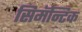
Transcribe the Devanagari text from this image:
सिमॅन्टिक